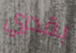
بقدري